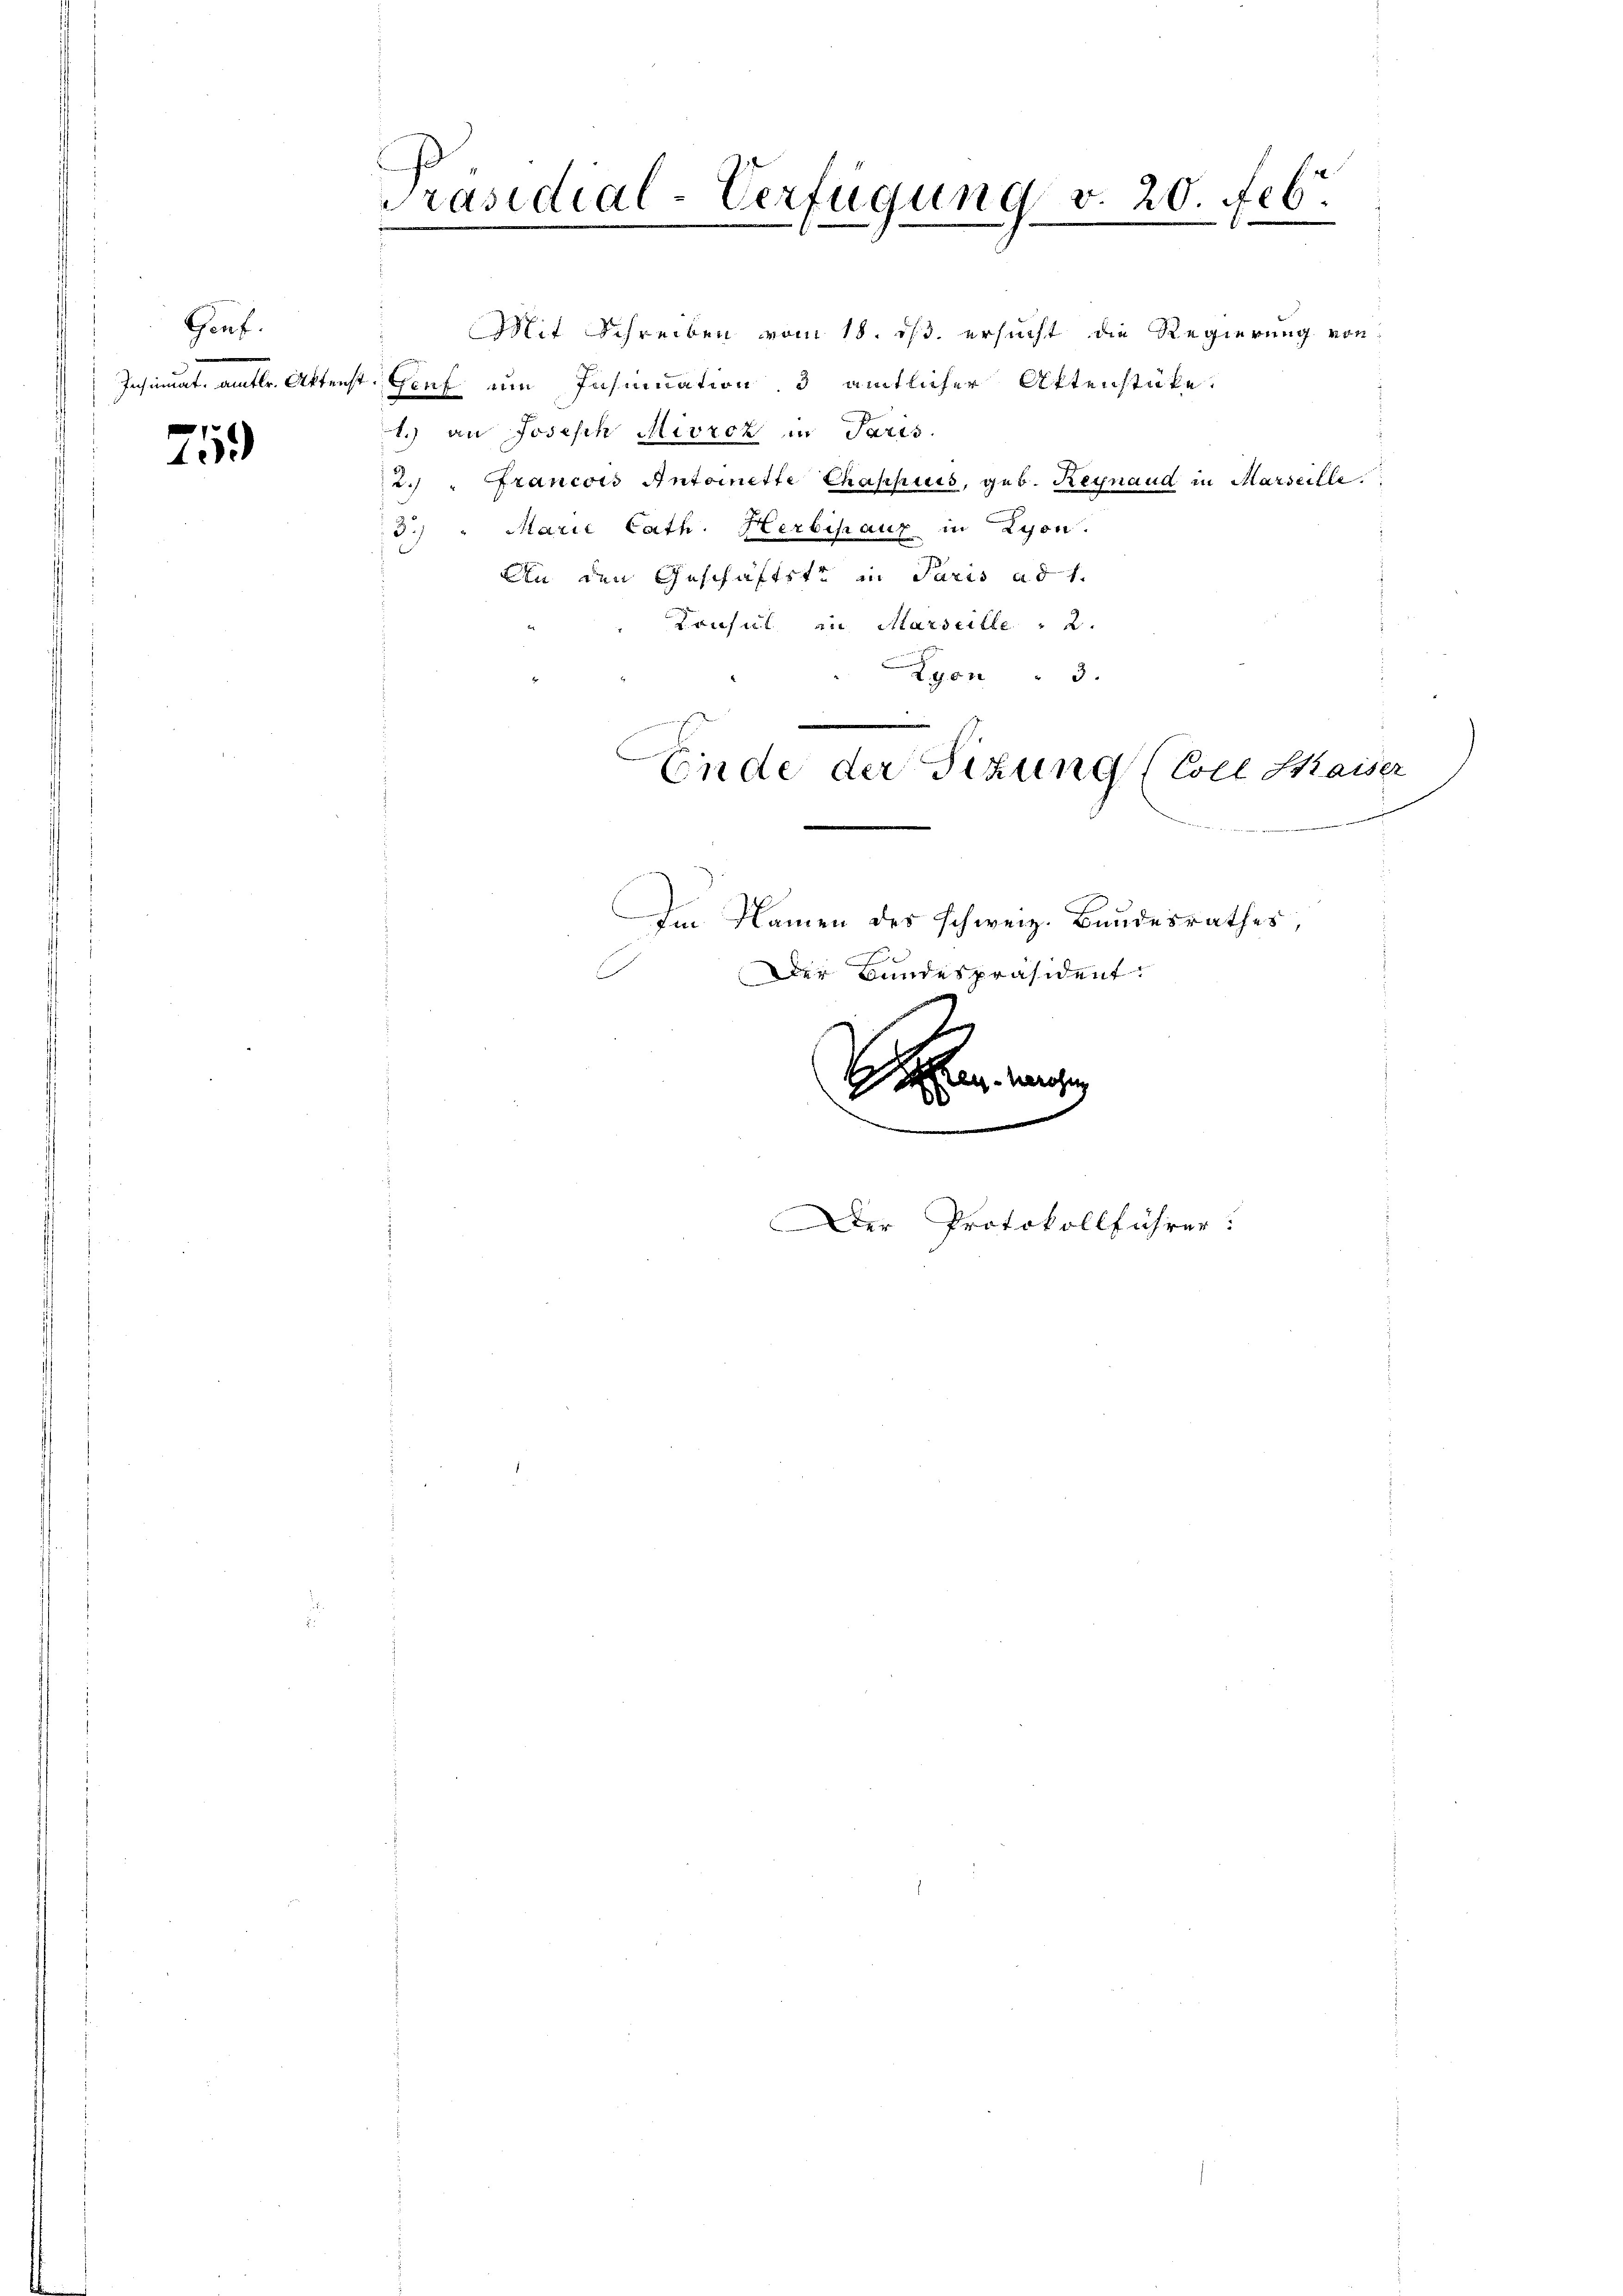
Gauf.
Insinuat, amtl. Aktens
e

10

Präsidial-Verfügung v. 20. Feb.
2

Mit Schreiben vom 18. ds. ersucht die Regierung von
Genf ein Insinuation 3 amtlicher Aktenstüke.
1.) an Joseph Mivrcz in Paris.
2.) " Francois Antoinette Chaphuss, geb. Reynaud in Marseille
3.) " Marie Cath. Herbehaux in Lyon.
Ain den Geschäftste in Paris ad 1.
e
Konsul in Marseille : 2.
Lyon " 3.
e
Ende der Sitzung (Coll Kaiser
m Namen des schweiz. Bundesrathes,
c
Der Bundespräsident.
eg. Manchen
e

Der Protokollführer: